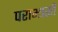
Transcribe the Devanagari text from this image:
पराभासी